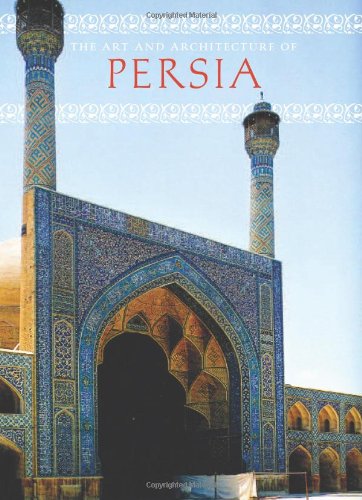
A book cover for The Art and Architecture of Persia; Giovanni Curatola; History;